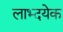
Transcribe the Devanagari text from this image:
लाभ्दयेक